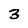
Character: 3